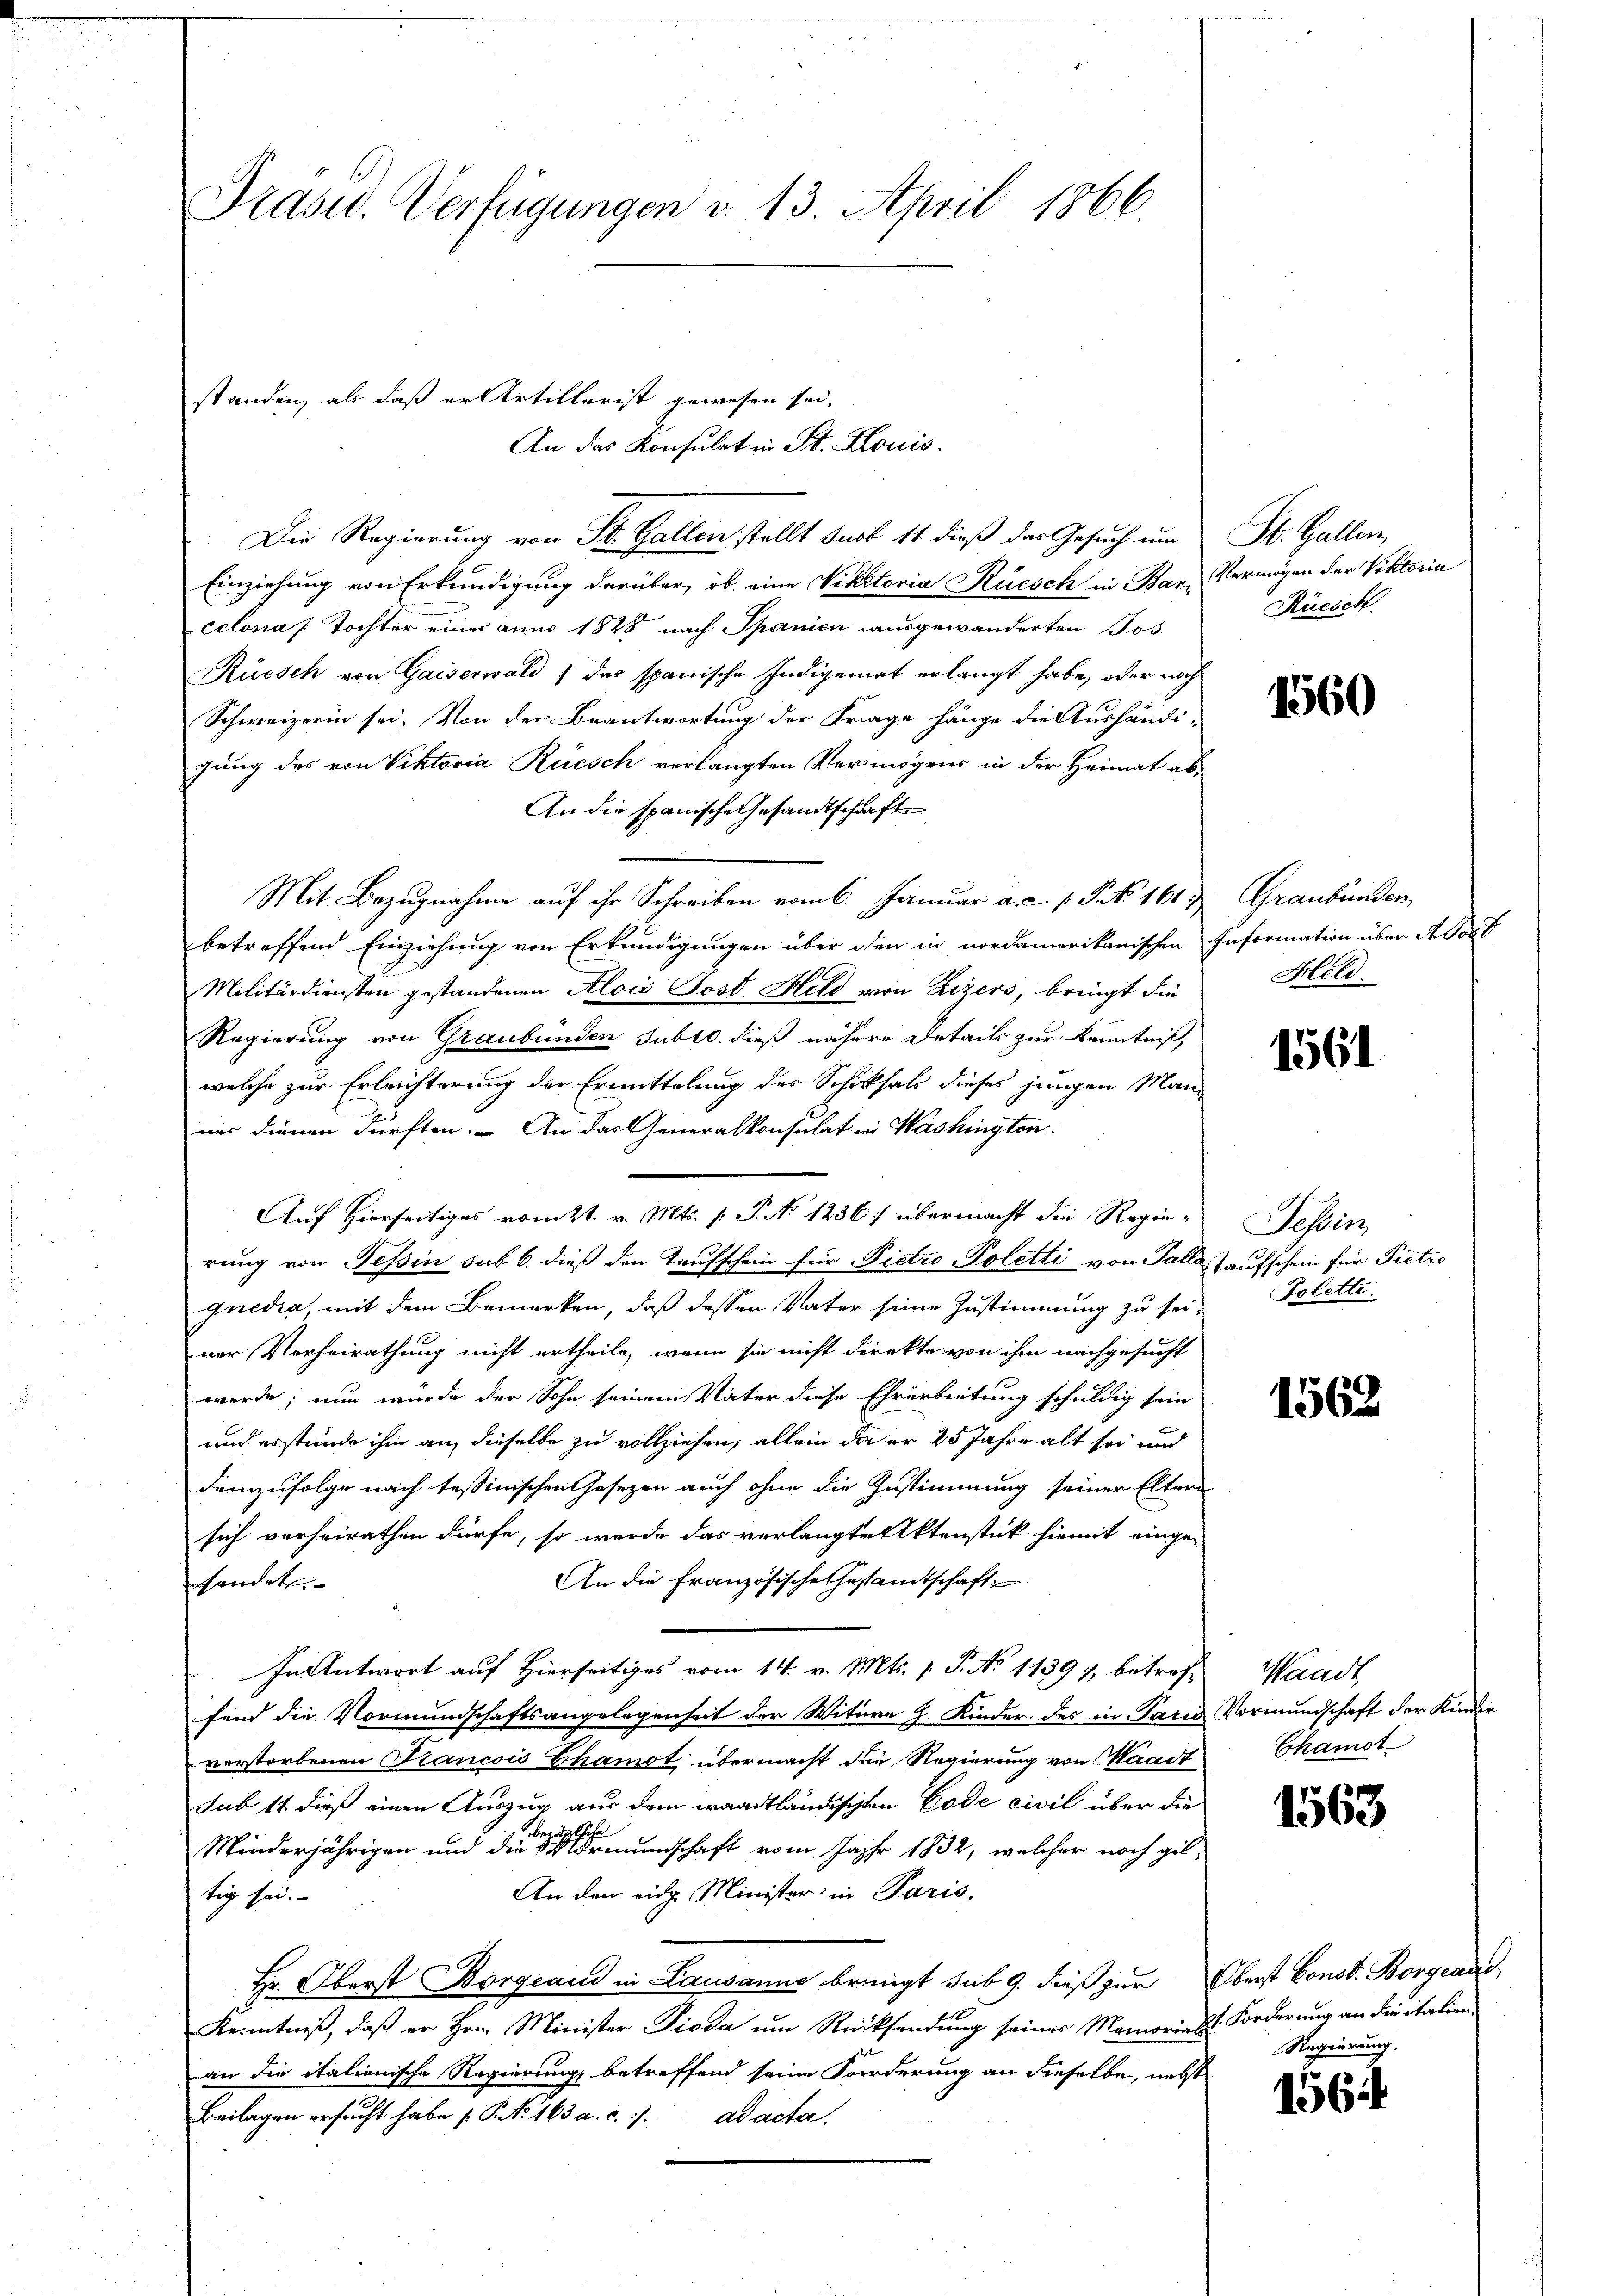
Präsid.. Verfügungen v. 13. April 1866.

standen, als daß er Artillerist gewesen sei.

An das Konsulat in St. Louis
Die Regierung von St. Gallen stellt sust 11 dieß das Gesuch um
Einziehung von Erkundigung darüber, ob eine Viktoria Rüesch in Bar. Vermögen der Viktoria
celona Tochter einer anno 1828 nach Spanien ausgewanderten Jos.
Rüesch von Gaiserwald, das spanische Indigeniat erlangt habe, oder noch
Schweizerin sei. Von der Beantwortung der Frage hänge die Aushändi-
gung des von Viktoria Rüesch verlangten Vermögens in der Heimat ab¬
An die spanische Gesandtschaft
Mit Bezugnahme auf ihr Schreiben vom 6. Januar a.c. s. S. 161,
betreffend Einziehung von Erkundigungen über den in nordamerikanischen Information über de sort
Militärdiensten gestandenen Alois Post Held von Lizers, bringt die
Regierung von Graubünden subro. dieß nähere Details zur Kenntniß,
welche zur Erleichterung der Ermittelung des Schicksals dieses jungen Man-
nur dienen dürften. An das Generalkonsulat in Washington
Auf Hierseitiges vom 21. v. Mts. (: P. No 1236/ übermacht die Regie-
rung von Tessin sub 6. dieß den Taufschein für Pietro Poletti von Falle Taufschein für Pietro
Gnedia, mit dem Bemerken, daß dessen Vater seine Zustimmung zu seiner Verheirathung nicht ertheile, wenn sie nicht direkte von ihm nachgesucht
werde; nun wurde der Sohn seinem Vater diese Ehrarbeitung schuldig sein.
und erstunde ihm an, dieselbe zu vollziehen, allein da er 25 Jahre alt sei und
demzufolge nach tessinischen Gesezen auch ohne die Zustimmung seiner Elters
sich vorheirathen dürfe, so wurde das verlangte Aktenstück hiemit einge¬
An die Französische Gesandtschaft
shandet
In Antwort auf Hierseitiges vom 14. v. Mts. (T. No 11397, betref-
fend die Vormundschaftsangelegenheit der Witwe H. Kinder des in Paris Vormundschaft der Kinder
vorstorbenen Krancois Chamot übermacht die Regierung von Waadt
sub 11 dieß einen Auszug aus dem waadtländischten Code civil über die
zügliche
Minderjährigen und die Mormundschaft vom Jahr 1832, welcher noch gel-
An den eidg. Minister in Paris.
tig sei.
Hr. Oberst Borgeand in Lausanne bringt sub 9. dieß zur Oberst Const. Borgeaud
Kenntniß, daß er Hrn. Minister Pioda um Rücksendung seines Memoria St. Forderung an die italien.
an die italienische Regierung betreffend seine Forderung an dieselbe, nebst
Beilagen ersucht habe [P. Nr. 163 a. c. 7. ad acta.

St. Gallen,
Rüesch

1560

Graubünden
Held.

1561

Tessin,
Polette.

1568

Waadt
Chamot

1563

Regierung.

156